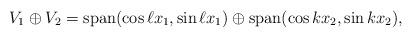
LaTeX: \begin{align*}V_1 \oplus V_2 = \mathrm{span}(\cos \ell x_1, \sin \ell x_1) \oplus \mathrm{span}(\cos k x_2, \sin k x_2), \end{align*}